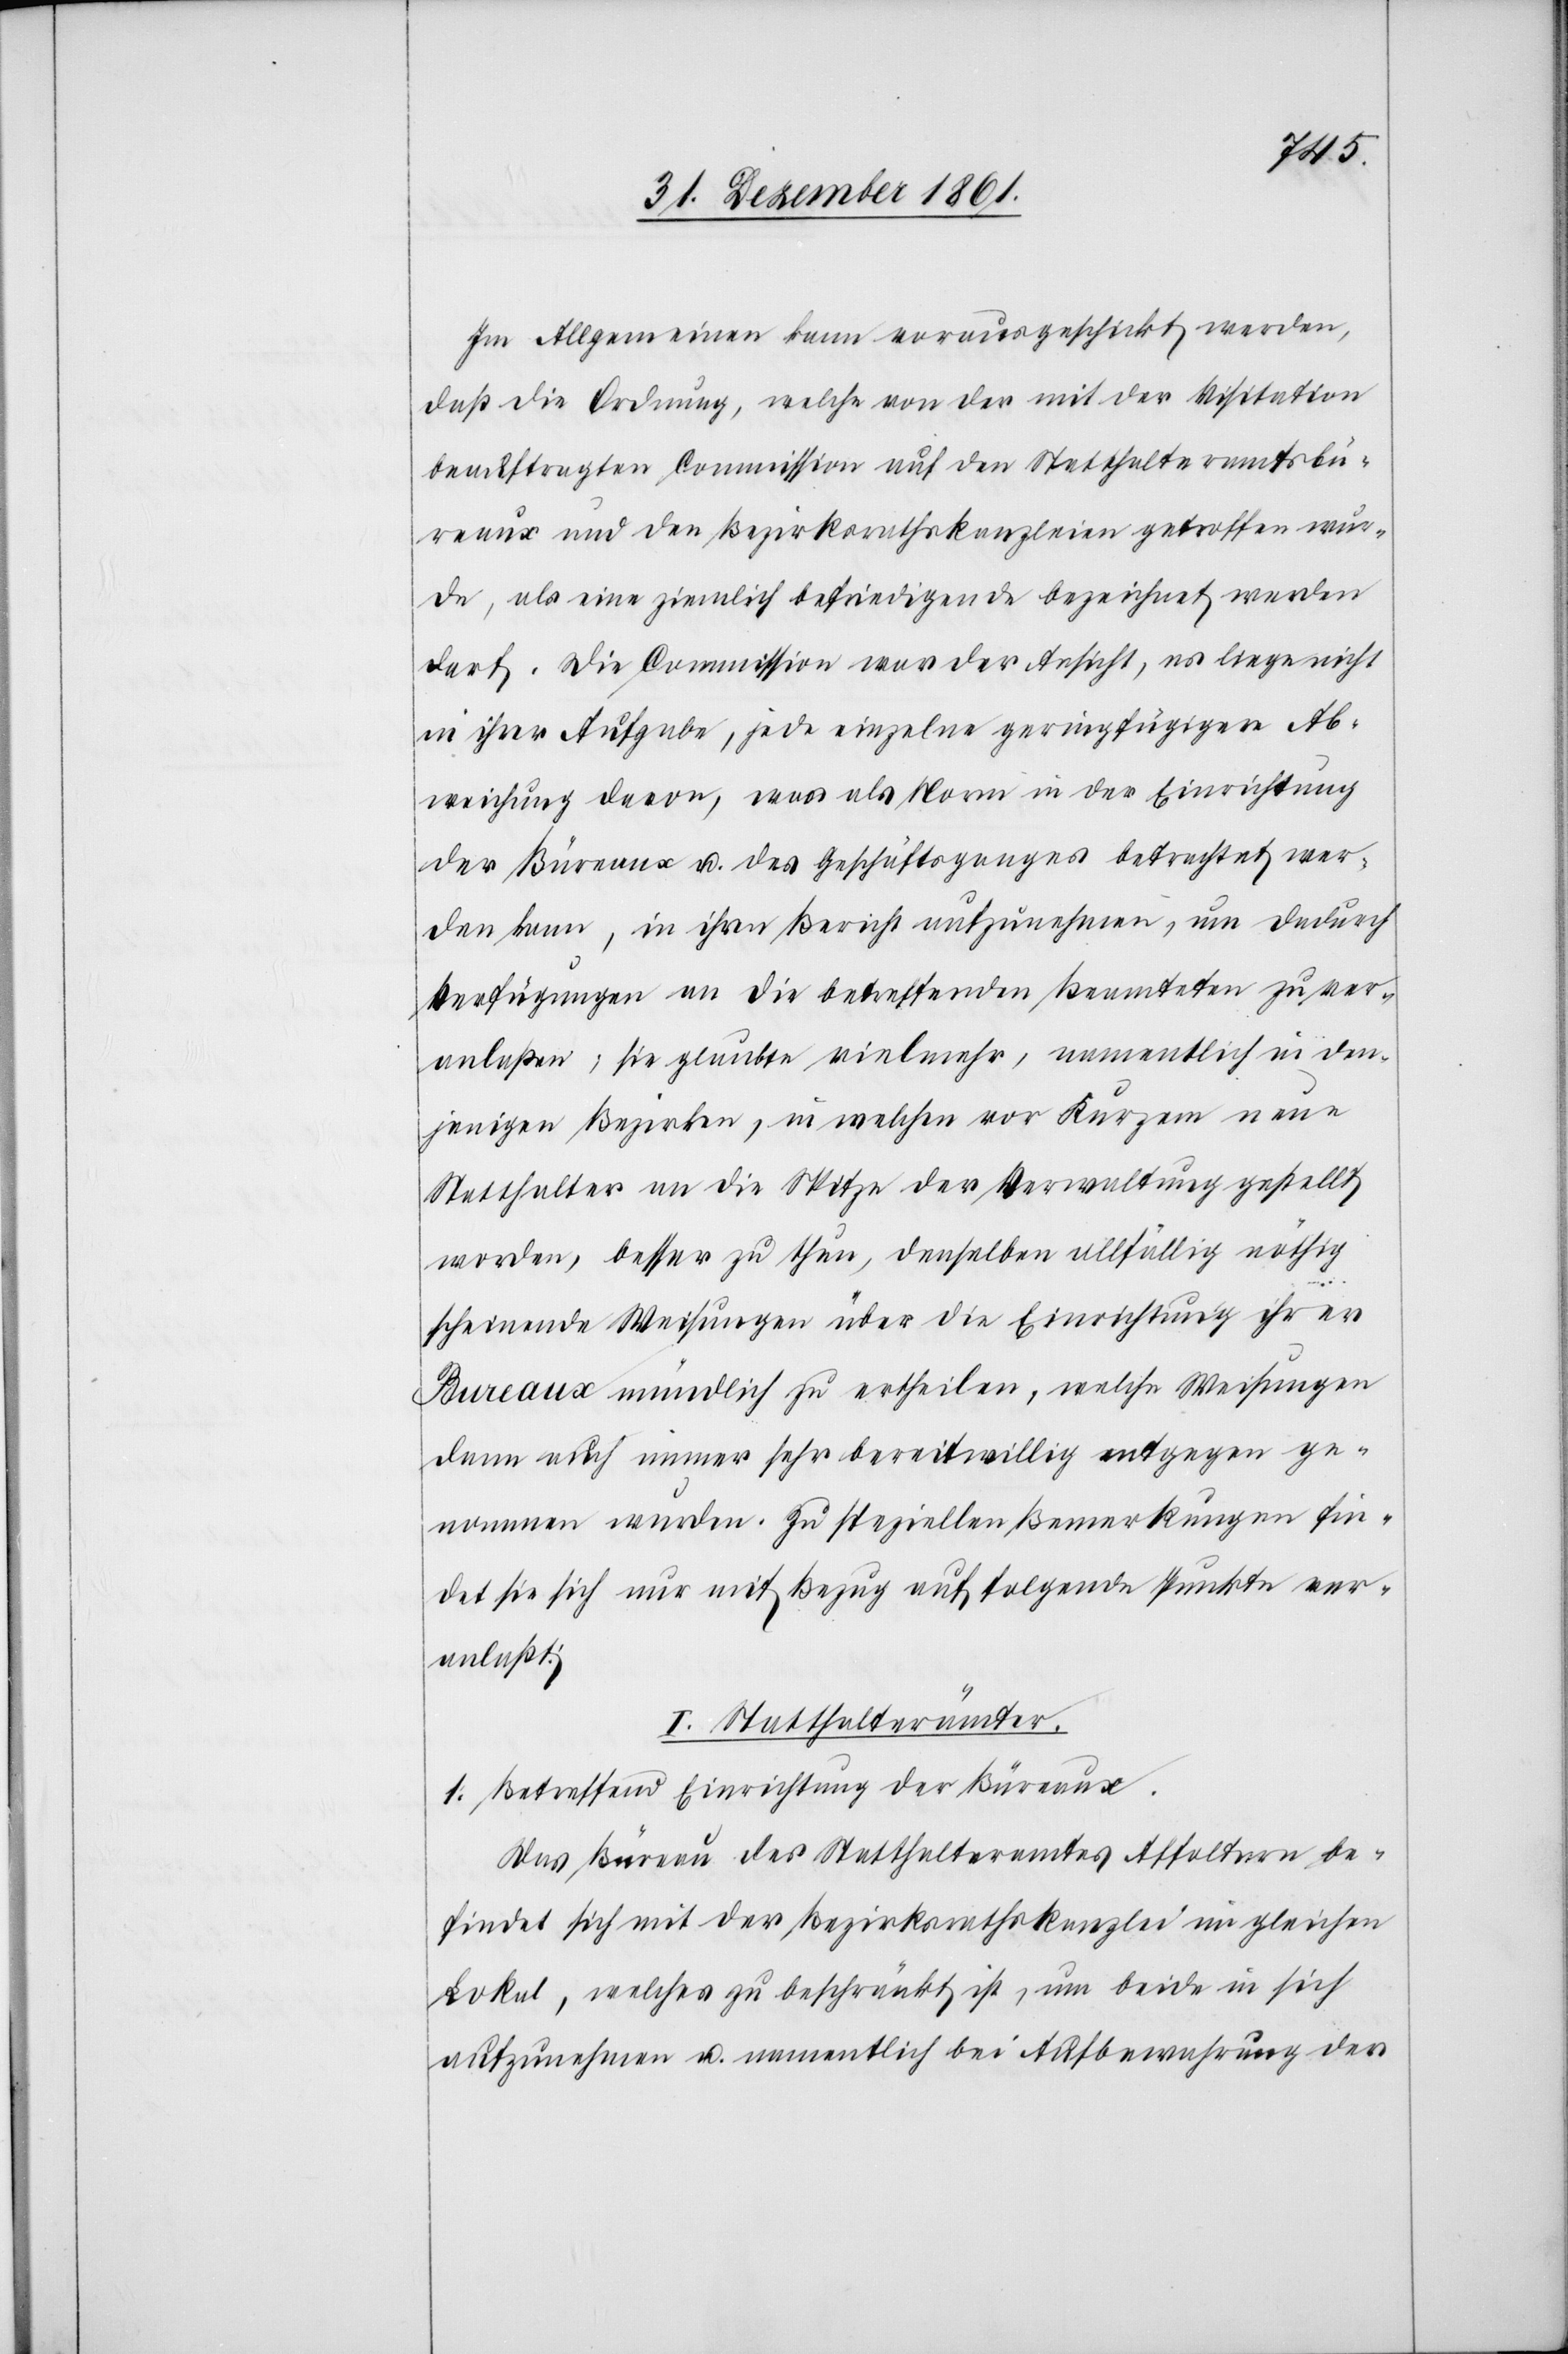
Im Allgemeinen kann vorausgeblickt werden,
daß die Ordnung, welche von der mit der Visitation
beauftragten Commission auf den Statthalteramtsbü¬
reaux und Bezirksrathskanzleien getroffen wur¬
de, als eine ziemlich befriedigende bezeichnet werden
darf. Die Commission war der Ansicht, es liege nicht
in ihrer Aufgabe, jede einzelne geringfügigere Ab¬
weichung davon, was als Norm in der Einrichtung
der Büreaux u. des Geschäftsganges betrachtet wer¬
den kann, in ihren Bericht aufzunehmen, um dadurch
Verfügungen an die betreffenden Beamteten zu ver¬
anlaßen; sie glaubte vielmehr, namentlich in den¬
jenigen Bezirken, in welchen vor Kurzem neue
Statthalter an die Spitze der Verwaltung gestellt
worden, besser zu thun, denselben allfällig nöthig
scheinende Weisungen über die Einrichtung ihrer
Bureaux mündlich zu ertheilen, welche Weisungen
dann auch immer sehr bereitwillig entgegen ge¬
nommen wurden. Zu speziellen Bemerkungen fin¬
det sie sich nur mit Bezug auf folgende Punkte ver¬
anlaßt.
I. Statthalterämter.
1. Betreffend Einrichtung der Büreaux.
Das Büreau des Statthalteramtes Affoltern be¬
findet sich mit der Bezirksrathskanzlei im gleichen
Lokal, welches zu beschränkt ist, um beide in sich
aufzunehmen u. namentlich bei Aufbewahrung der